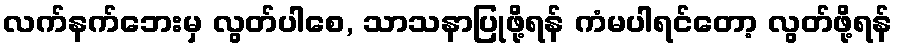
လက်နက်ဘေးမှ လွတ်ပါစေ, သာသနာပြုဖို့ရန် ကံမပါရင်တော့ လွတ်ဖို့ရန်